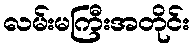
လမ်းမကြီးအတိုင်း